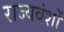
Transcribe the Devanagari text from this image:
राज्यवंशों